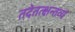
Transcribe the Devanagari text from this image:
तदेतत्क्षन्तव्यं